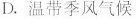
D.温带季风气候